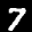
Label: 7